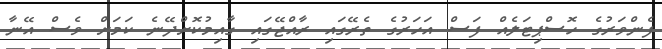
ފެންވަރުގެ ހޮސްޕިޓަލެއް ފަސް އަހަރުގެ ތެރޭގައި ރާއްޖޭގައި ގާއިމުކޮށްދޭނެ ކަމަށް ވެސް އޭނާ